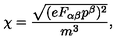
\chi = \frac { \sqrt { ( e F _ { \alpha \beta } p ^ { \beta } ) ^ { 2 } } } { m ^ { 3 } } ,